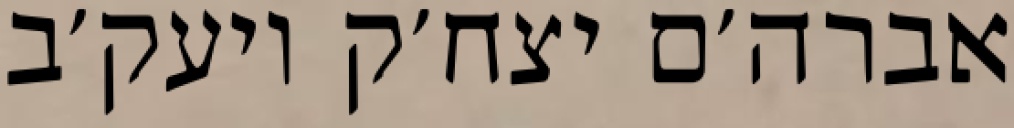
אברה׳ם יצח׳ק ויעק׳ב